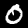
Label: 0